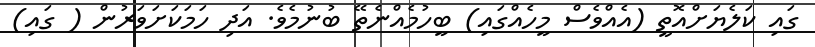
ގައި ކަލެޔަށްއޮތީ (އެއްވެސް މީހެއްގައި) ބީހުމެއްނެތޭ ބުނުމެވެ. އަދި ހަމަކަށަވަރުން ( ގައި)